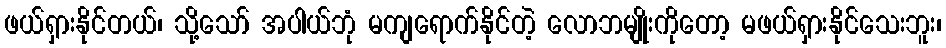
ဖယ်ရှားနိုင်တယ်၊ သို့သော် အပါယ်ဘုံ မကျရောက်နိုင်တဲ့ လောဘမျိုးကိုတော့ မဖယ်ရှားနိုင်သေးဘူး၊